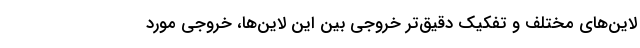
لاین‌های مختلف و تفکیک دقیق‌تر خروجی بین این لاین‌ها، خروجی مورد